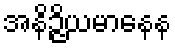
အနိဉ္ဇိယမာနေန